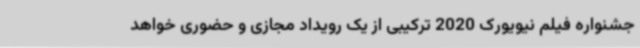
جشنواره فیلم نیویورک 2020 ترکیبی از یک رویداد مجازی و حضوری خواهد